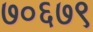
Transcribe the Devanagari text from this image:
७०६७९